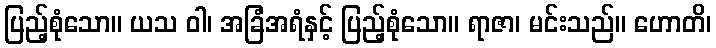
ပြည့်စုံသော။ ယသ ဝါ၊ အခြံအရံနှင့် ပြည့်စုံသော။ ရာဇာ၊ မင်းသည်။ ဟောတိ၊